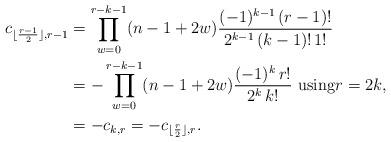
LaTeX: \begin{align*}c_{\lfloor \frac{r-1}{2} \rfloor, r-1} &= \prod\limits_{w=0}^{r-k-1}(n-1+2w) \frac{(-1)^{k-1} \, (r-1)! }{2^{k-1} \, (k-1)! \, 1!}\\&= -\prod\limits_{w=0}^{r-k-1}(n-1+2w) \frac{(-1)^{k} \, r! }{2^{k} \, k! }\mbox{ using} r=2k,\\&= - c_{k,r}=-c_{\lfloor \frac{r}{2} \rfloor, r}.\end{align*}